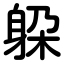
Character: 躱